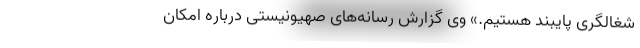
شغالگری پایبند هستیم.» وی گزارش رسانه‌های صهیونیستی درباره امکان